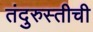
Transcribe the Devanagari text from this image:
तंदुरुस्तीची